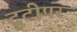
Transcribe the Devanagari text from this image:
टूटीपर